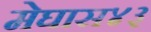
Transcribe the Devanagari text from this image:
मेघास४३